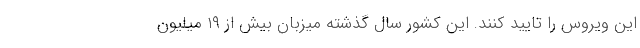
این ویروس را تایید کنند. این کشور سال گذشته میزبان بیش از ۱۹ میلیون